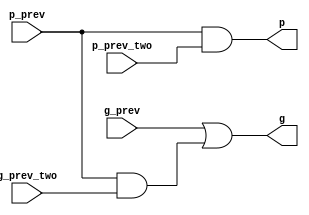
module Circle_yellow(
    output signed p,
    output signed  g,
    
    input signed p_prev,
    input signed g_prev,

    input signed p_prev_two,
    input signed g_prev_two);

wire g_inter;

and(p,p_prev,p_prev_two);

and(g_inter,p_prev,g_prev_two);
or(g,g_prev,g_inter);

endmodule